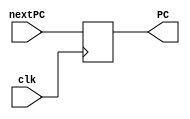
`timescale 1ns / 1ps
//////////////////////////////////////////////////////////////////////////////////
// Company: 
// Engineer: 
// 
// Design Name: 
// Module Name:    PC 
// Project Name: 
// Target Devices: 
// Tool versions: 
// Description: 
//
// Dependencies: 
//
// Revision: 
// Revision 0.01 - File Created
// Additional Comments: 
//
//////////////////////////////////////////////////////////////////////////////////

module PC(
	 input clk,
	 input [31:0] nextPC,
	 output reg [31:0] PC
    );
	 
	initial begin
		PC <= 32'b0;
	end

	always @(posedge clk)
	begin
		PC <= nextPC;
	end

endmodule